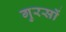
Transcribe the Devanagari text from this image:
गुरसों